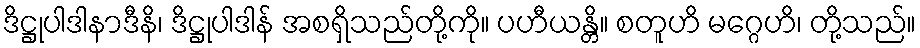
ဒိဋ္ဌုပါဒါနာဒီနိ၊ ဒိဋ္ဌုပါဒါန် အစရှိသည်တို့ကို။ ပဟီယန္တိ။ စတူဟိ မဂ္ဂေဟိ၊ တို့သည်။